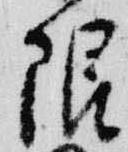
限